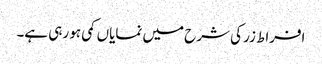
افراط زر کی شرح میں نمایاں کمی ہو رہی ہے۔